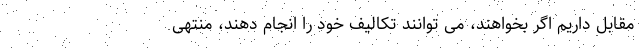
مقابل داریم اگر بخواهند، می توانند تکالیف خود را انجام دهند، منتهی